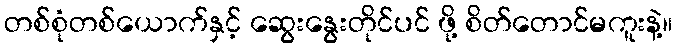
တစ်စုံတစ်ယောက်နှင့် ဆွေးနွေးတိုင်ပင် ဖို့ စိတ်တောင်မကူးနဲ့။